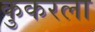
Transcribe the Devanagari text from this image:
कुकरला